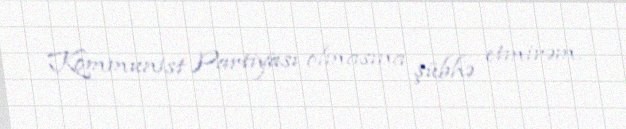
Kommunist Partiyası olmasına şübhə etmirəm.